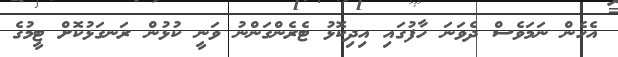
އެހެން ނަމަވެސް ދެވަނަ ހާފުގައި އިދިކޮޅު ޓެރެންގަންނު ވަނީ ކުޅުން ރަނގަޅުކޮށް ޓީމުގެ